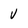
Character: v